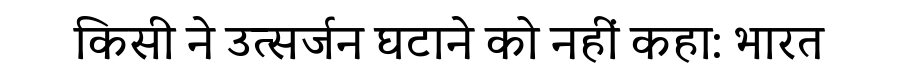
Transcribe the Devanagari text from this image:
किसी ने उत्सर्जन घटाने को नहीं कहा: भारत